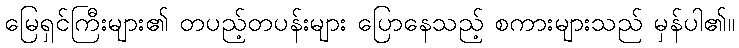
မြေရှင်ကြီးများ၏ တပည့်တပန်းများ ပြောနေသည့် စကားများသည် မှန်ပါ၏။